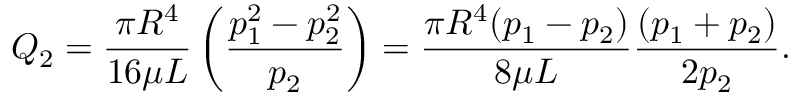
Q _ { 2 } = { \frac { \pi R ^ { 4 } } { 1 6 \mu L } } \left( { \frac { p _ { 1 } ^ { 2 } - p _ { 2 } ^ { 2 } } { p _ { 2 } } } \right) = { \frac { \pi R ^ { 4 } ( p _ { 1 } - p _ { 2 } ) } { 8 \mu L } } { \frac { ( p _ { 1 } + p _ { 2 } ) } { 2 p _ { 2 } } } .